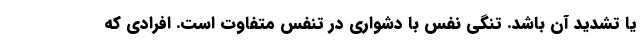
یا تشدید آن باشد. تنگی نفس با دشواری در تنفس متفاوت است. افرادی که